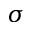
\sigma